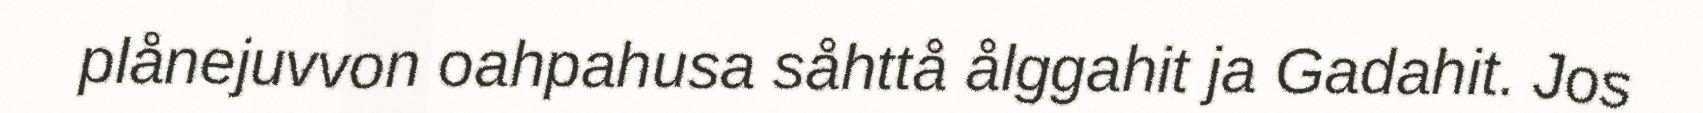
plånejuvvon oahpahusa såhttå ålggahit ja Gadahit. Jos